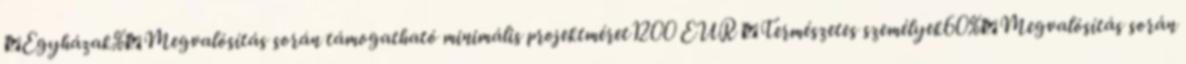
▪Egyházak%▪Megvalósítás során támogatható minimális projektméret1200 EUR ▪Természetes személyek60%▪Megvalósítás során